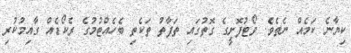
ކިޔާނެ ކަމެއް ނެތެވެ. ވޯޓުފޮށީގެ ގޮތުގައި ތަފާތު ތަކެތި ބެހެއްޓުމުގެ ރެކޯޑެއް ގާއިމުކުރި